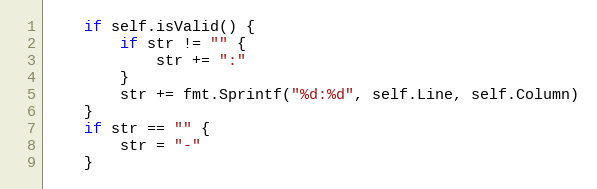
Language: Go
	if self.isValid() {
		if str != "" {
			str += ":"
		}
		str += fmt.Sprintf("%d:%d", self.Line, self.Column)
	}
	if str == "" {
		str = "-"
	}